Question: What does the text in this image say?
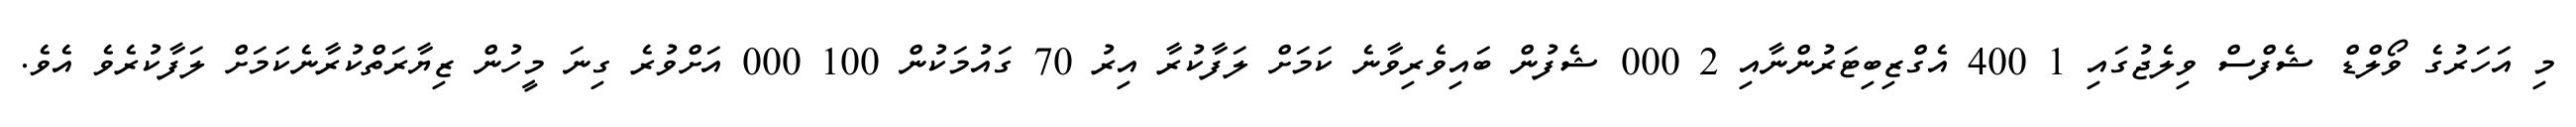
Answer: މި އަހަރުގެ ވޯލްޑް ޝެފްސް ވިލެޖުގައި 1 400 އެގްޒިބިޓަރުންނާއި 2 000 ޝެފުން ބައިވެރިވާނެ ކަމަށް ލަފާކުރާ އިރު 70 ގައުމަކުން 100 000 އަށްވުރެ ގިނަ މީހުން ޒިޔާރަތްކުރާނެކަމަށް ލަފާކުރެވެ އެވެ.